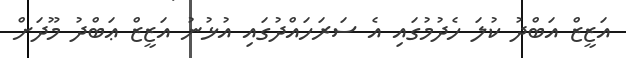
އަޒީޒް އަބްދު ކުލަ ހެދުމުގައި އެ ސަރަހައްދުގައި އުޅުނު އަޒީޒް ޢަބްދު މޫދަށް